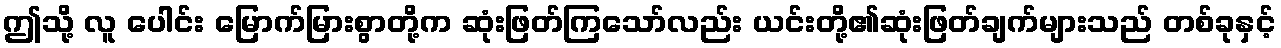
ဤသို့ လူ ပေါင်း မြောက်မြားစွာတို့က ဆုံးဖြတ်ကြသော်လည်း ယင်းတို့၏ဆုံးဖြတ်ချက်များသည် တစ်ခုနှင့်